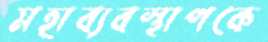
মহাব্যবস্থাপকে